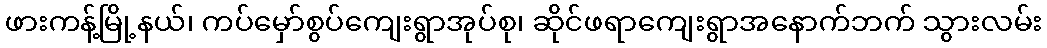
ဖားကန့်မြို့နယ်၊ ကပ်မှော်စွပ်ကျေးရွာအုပ်စု၊ ဆိုင်ဖရာကျေးရွာအနောက်ဘက် သွားလမ်း